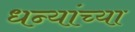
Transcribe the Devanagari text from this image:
धन्यांच्या